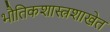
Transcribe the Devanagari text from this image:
भौतिकशास्त्रशाखेत